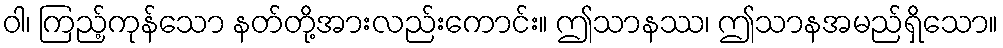
ဝါ၊ ကြည့်ကုန်သော နတ်တို့အားလည်းကောင်း။ ဤသာနဿ၊ ဤသာနအမည်ရှိသော။